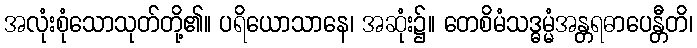
အလုံးစုံသောသုတ်တို့၏။ ပရိယောသာနေ၊ အဆုံး၌။ တေစိမံသဒ္ဓမ္မံအန္တရဓာပေန္တီတိ၊